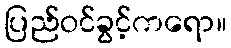
ပြည်ဝင်ခွင့်ကရော။